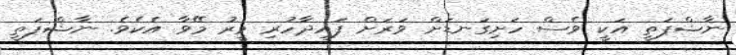
ނާޝްޕަތީ އަކީ ވެސް ހަށިގަނޑަށް ވަރަށް ފައިދާހުރި މީރު މޭވާ އެކެވެ. ނާޝްޕަތީ